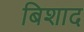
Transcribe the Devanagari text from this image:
बिशाद